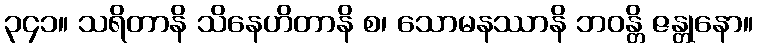
၃၄၁။ သရိတာနိ သိနေဟိတာနိ စ၊ သောမနဿာနိ ဘဝန္တိ ဇန္တုနော။